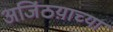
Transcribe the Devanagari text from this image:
अजिंठय़ाच्या